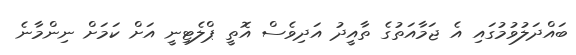
ބައްދަލުވުމުގައި އެ ޖަމާއަތުގެ ތާއީދު އަދިވެސް އޮތީ ޕްލެޓިނީ އަށް ކަމަށް ނިންމާނެ